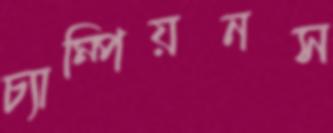
চ্যাম্পিয়নস